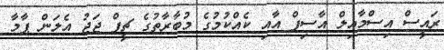
ރައީސް އިސްމާއިލް އާސިފް އާއި ކެއްކުމުގެ މުބާރާތުގެ ޗީފް ޖަޖު އެލަން ޕާމާ